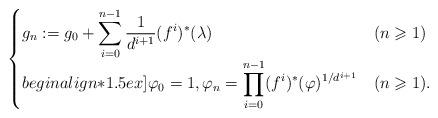
LaTeX: \begin{align*}\begin{cases}{\displaystyle g_n := g_0 + \sum_{i=0}^{n-1} \frac{1}{d^{i+1}}(f^i)^*(\lambda)} & (n \geqslant 1)\\begin{align*}1.5ex]{\displaystyle \varphi_0 = 1, \varphi_n = \prod_{i=0}^{n-1} (f^i)^*(\varphi)^{1/d^{i+1}}} & (n \geqslant 1).\end{cases}\end{align*}